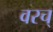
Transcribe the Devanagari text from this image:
वरच्